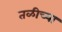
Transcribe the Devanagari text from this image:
तळीच्या